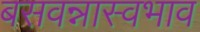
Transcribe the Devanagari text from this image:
बसवन्नास्वभाव